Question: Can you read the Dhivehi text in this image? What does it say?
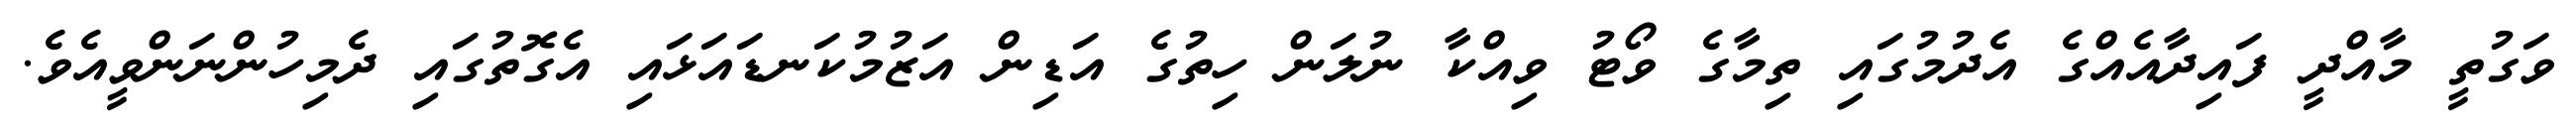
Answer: ވަގުތީ މާއްދީ ފައިދާއެއްގެ އެދުމުގައި ތިމާގެ ވޯޓު ވިއްކާ ނުލަން ހިތުގެ އަޑިން އަޒުމުކަނޑައަޅައި އެގޮތުގައި ދެމިހުންނަންވީއެވެ.